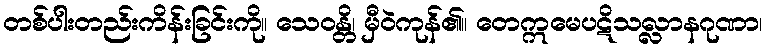
တစ်ပါးတည်းကိန်းခြင်းကို။ သေဝန္တိ၊ မှီဝဲကုန်၏။ တေဣမေပဋိသလ္လာနဂုဏာ၊